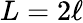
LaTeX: L=2\ell